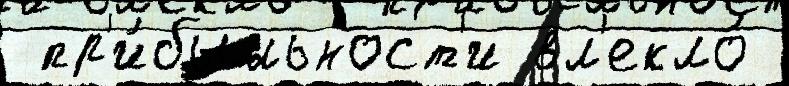
 пр'и́быльност'и вл'екло́